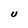
Character: U